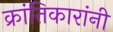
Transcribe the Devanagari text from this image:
क्रांतिकारांनी